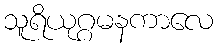
သူရိယုဂ္ဂမနကာလေ